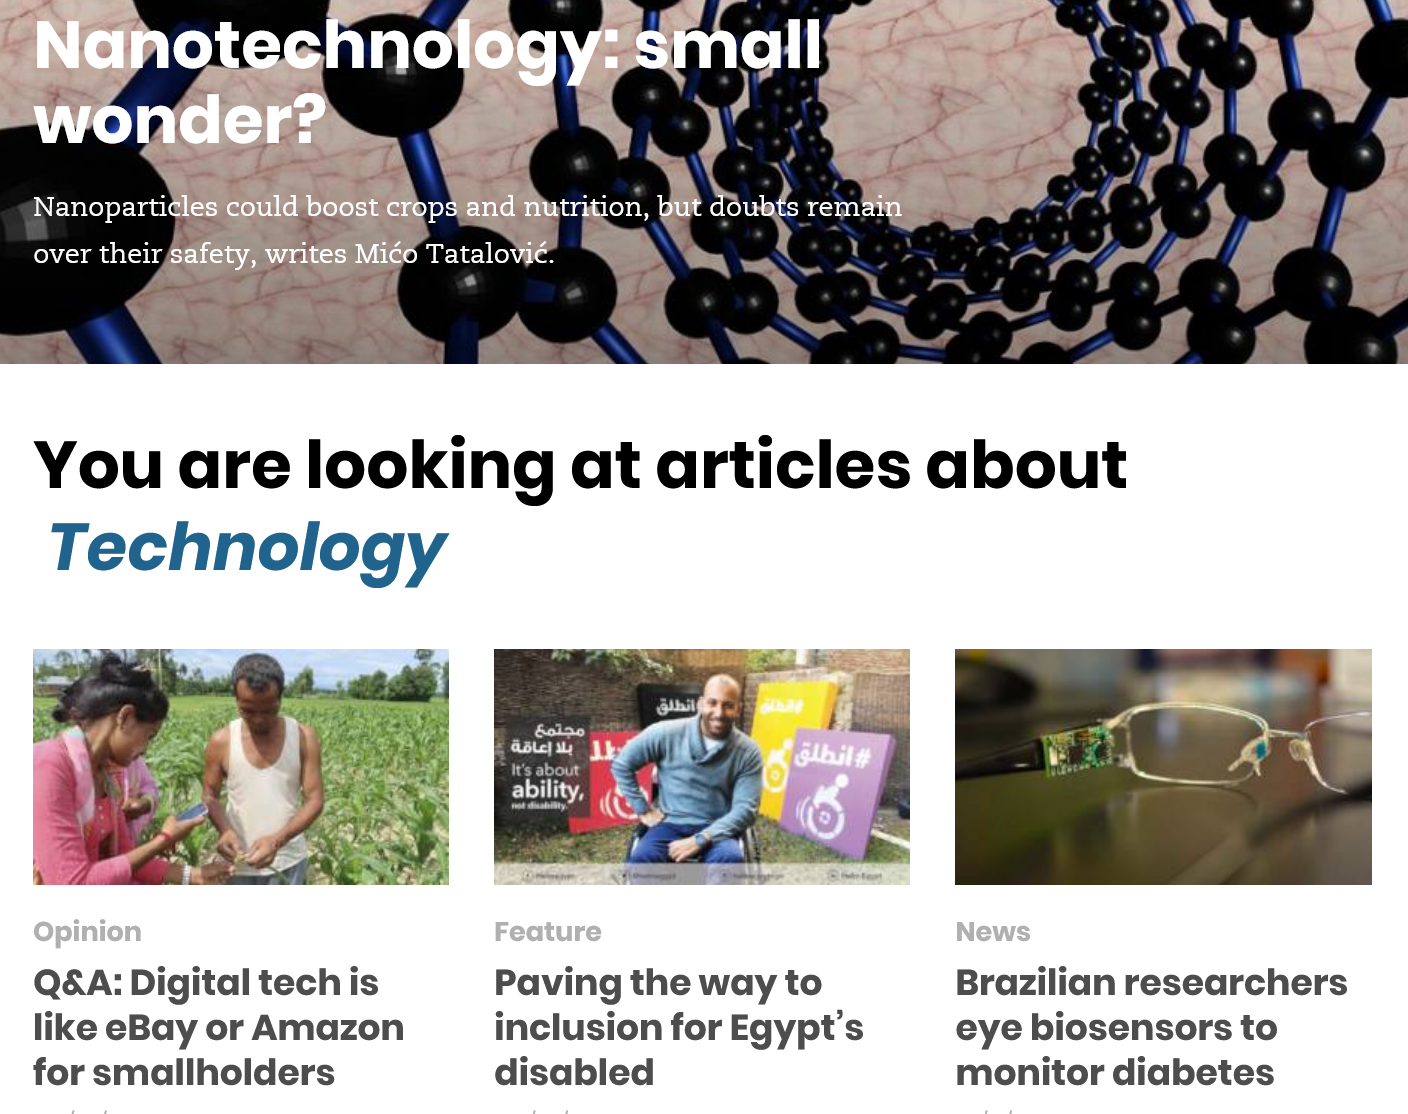
won
  Nanoparti¢
  rn
  You are looking at articles about
  Technology
     Paving the way to
     inclusion for Egypt's
     disabled
     Brazilian researchers
     eye biosensors to
     monitor diabetes
     News Feature
  Q&A: Digital tech is
  like eBay or Amazon
  for smallholders